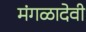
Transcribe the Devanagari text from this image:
मंगळादेवी